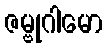
ဇမ္ဗုဂါမော